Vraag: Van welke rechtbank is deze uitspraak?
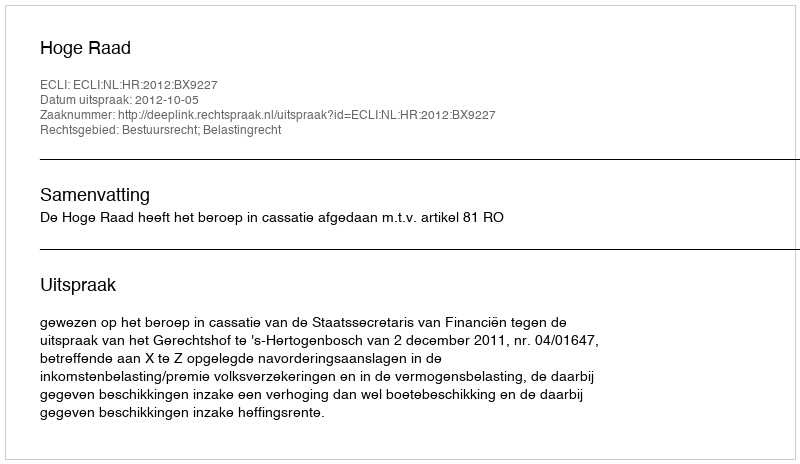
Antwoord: Hoge Raad